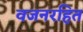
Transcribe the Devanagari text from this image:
वजनरहित